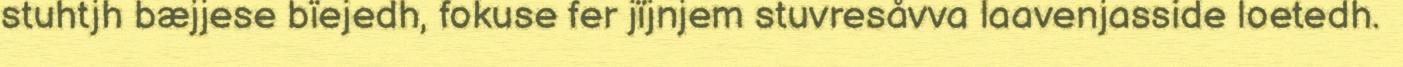
stuhtjh bæjjese bïejedh, fokuse fer jïjnjem stuvresåvva laavenjasside loetedh.